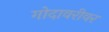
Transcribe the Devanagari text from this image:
गोदावरीवर